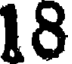
18